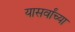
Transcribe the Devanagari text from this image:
यासर्वांच्या